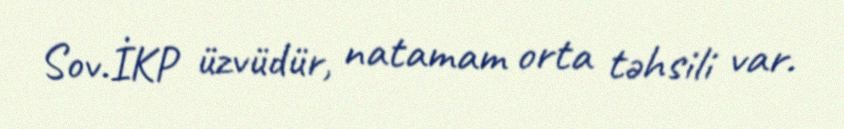
Sov.İKP üzvüdür, natamam orta təhsili var.